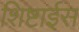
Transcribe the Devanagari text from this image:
शिष्टाईस